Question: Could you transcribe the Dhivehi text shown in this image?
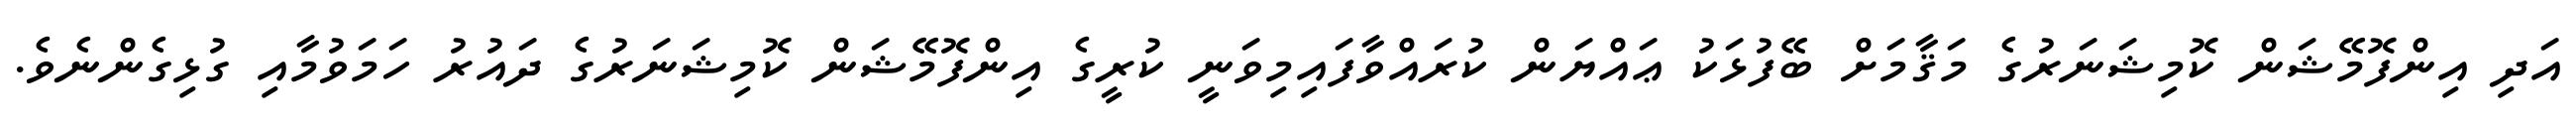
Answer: އަދި އިންފޮމޭޝަން ކޮމިޝަނަރުގެ މަޤާމަށް ބޭފުޅަކު ޢައްޔަން ކުރައްވާފައިމިވަނީ ކުރީގެ އިންފޮމޭޝަން ކޮމިޝަނަރުގެ ދައުރު ހަމަވުމާއި ގުޅިގެންނެވެ.